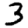
Digit: 3